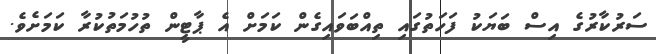
ސަރުކާރުގެ އިސް ބަޔަކު ފަހަތުގައި ތިއްބަވައިގެން ކަމަށް އެ ޕާޓީން ތުހުމަތުކުރާ ކަމަށެވެ.